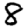
Digit: 8